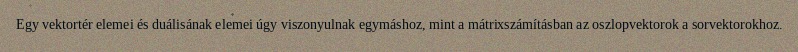
Egy vektortér elemei és duálisának elemei úgy viszonyulnak egymáshoz, mint a mátrixszámításban az oszlopvektorok a sorvektorokhoz.